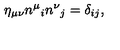
\eta _ { \mu \nu } n ^ { \mu } { } _ { i } n ^ { \nu } { } _ { j } = \delta _ { i j } ,